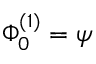
\Phi _ { 0 } ^ { ( 1 ) } = \psi